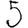
Digit: 5